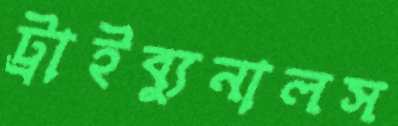
ট্রাইব্যুনালস